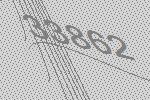
33862